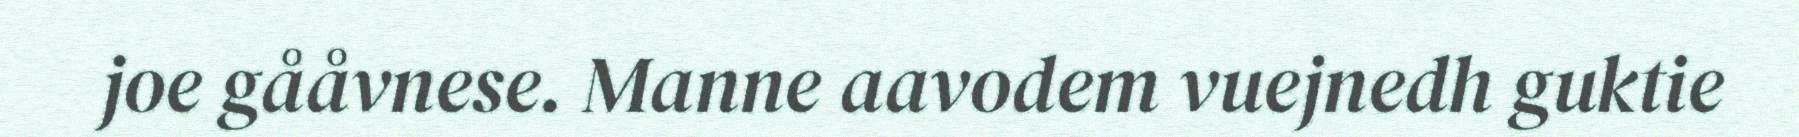
joe gååvnese. Manne aavodem vuejnedh guktie